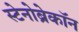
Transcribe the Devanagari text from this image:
स्टेनोब्रेकॉन